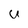
Character: U